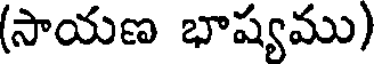
(సాయణ భాష్యము)